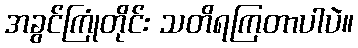
အခွင်ကြုံတိုင်း သတိရကြတာပါပဲ။